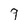
Character: 9